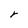
Character: r